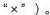
“×”)。